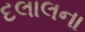
દલાલના